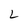
Character: L